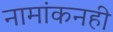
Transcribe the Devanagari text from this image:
नामांकनही